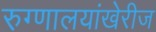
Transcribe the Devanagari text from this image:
रुग्णालयांखेरीज